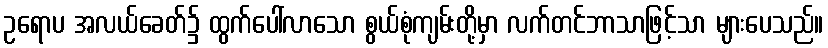
ဥရောပ အလယ်ခေတ်၌ ထွက်ပေါ်လာသော စွယ်စုံကျမ်းတို့မှာ လက်တင်ဘာသာဖြင့်သာ များပေသည်။